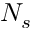
N _ { s }